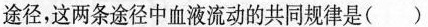
途径，这两条途径中血液流动的共同规律是( )